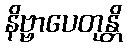
နိဗ္ဗာပေတုန္တိ